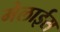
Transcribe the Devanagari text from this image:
मेलाईस